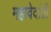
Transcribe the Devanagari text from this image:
महावेदांती